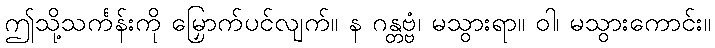
ဤသို့သင်္ကန်းကို မြှောက်ပင်လျက်။ န ဂန္တဗ္ဗံ၊ မသွားရာ။ ဝါ၊ မသွားကောင်း။